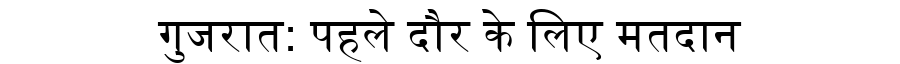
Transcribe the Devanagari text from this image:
गुजरात: पहले दौर के लिए मतदान